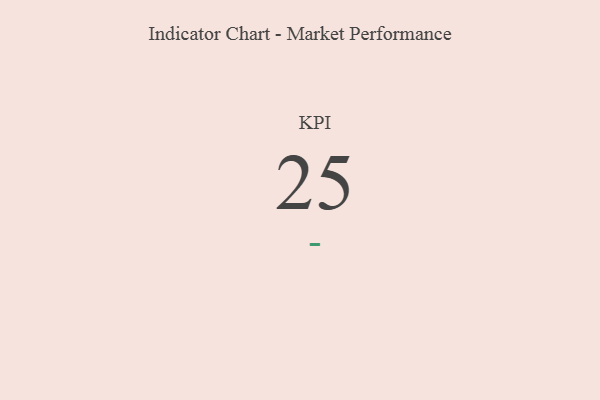
{"axis": {"x": "KPI", "y": "Value"}, "legend": [""], "data": [{"x": "KPI", "y": 25, "type": ""}]}